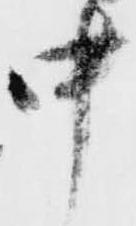
中